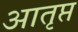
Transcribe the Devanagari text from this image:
आतृप्त